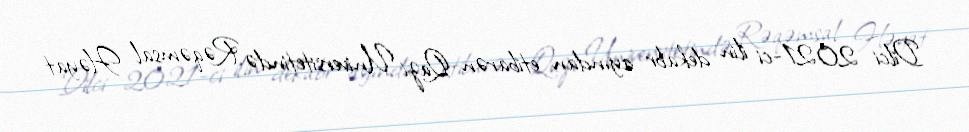
Dilci 2021-ci ilin dekabr ayından etibarən Qazi Universitetində Rəqəmsal Həyat